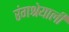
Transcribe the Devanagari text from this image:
रंगश्रेयाली